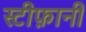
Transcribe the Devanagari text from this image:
स्टीफ़ानी